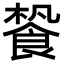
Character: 𩛳